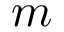
m